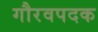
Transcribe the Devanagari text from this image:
गौरवपदक